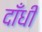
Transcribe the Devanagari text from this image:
दाँधी